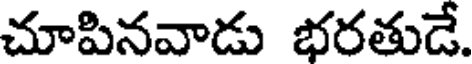
చూపినవాడు భరతుడే.